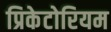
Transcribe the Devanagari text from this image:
प्रिकेटोरियम